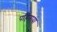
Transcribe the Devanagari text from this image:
पहिनाया